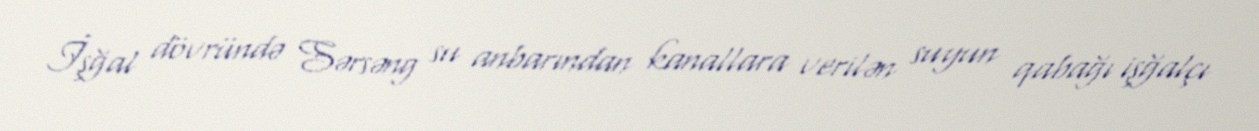
İşğal dövründə Sərsəng su anbarından kanallara verilən suyun qabağı işğalçı